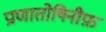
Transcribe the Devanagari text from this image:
प्राणातोषिनीफ़